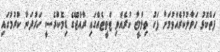
ފަތްކޮޅު ހަވާލުކުރެއްވުމަށް ފަހު ތިލްމީޒާ ކުރެއްވި ޓްވީޓެއްގައި ރާއްޖޭގެ ޑިމޮކްރެސީ ހަރުދަނާ ކުރުމުގައި